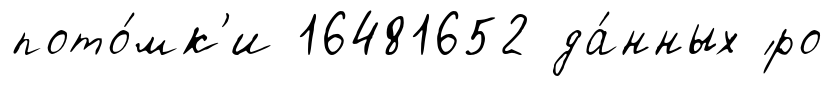
пото́мк'и 16481652 да́нных ́ро